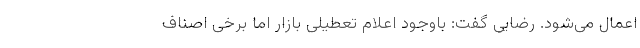
اعمال می‌شود. رضایی گفت: باوجود اعلام تعطیلی بازار اما برخی اصناف